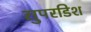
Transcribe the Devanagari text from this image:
सुपरडिश